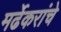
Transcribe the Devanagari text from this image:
मर्ढेकरांचे